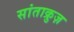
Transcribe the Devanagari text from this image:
सांताक्रुज़